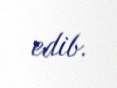
edib.